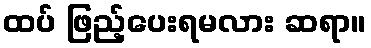
ထပ် ဖြည့်ပေးရမလား ဆရာ။